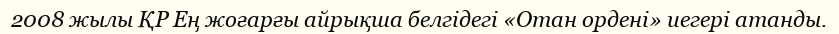
2008 жылы ҚР Ең жоғарғы айрықша белгідегі «Отан ордені» иегері атанды.